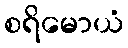
စရိမောယံ